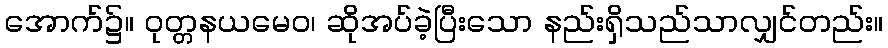
အောက်၌။ ဝုတ္တနယမေဝ၊ ဆိုအပ်ခဲ့ပြီးသော နည်းရှိသည်သာလျှင်တည်း။